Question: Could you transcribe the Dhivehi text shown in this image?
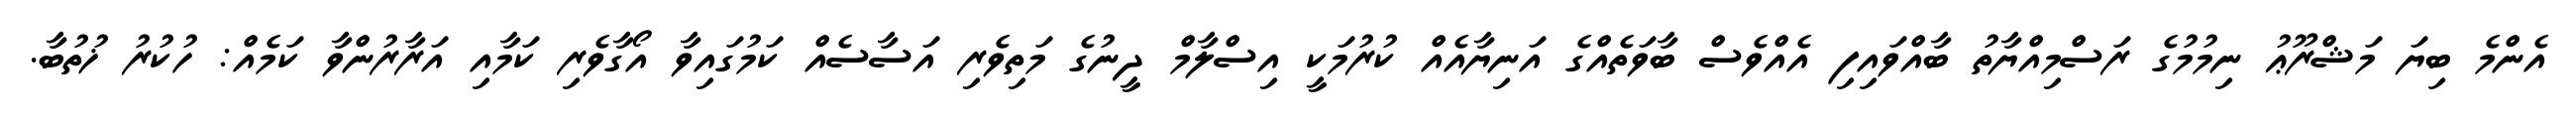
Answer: އެންމެ ބިޔަ މަޝްރޫޢު ނިމުމުގެ ރަސްމިއްޔާތު ބާއްވައިފި އެއްވެސް ބާވަތެއްގެ އަނިޔާއެއް ކުރުމަކީ އިސްލާމް ދީނުގެ މަތިވެރި އަސާސެއް ކަމުގައިވާ އޯގާވެރި ކަމާއި އަރާރުންވާ ކަމެއް: ހުކުރު ޚުތުބާ.